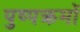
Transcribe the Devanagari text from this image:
पुष्पक्रमों